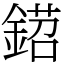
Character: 鍣